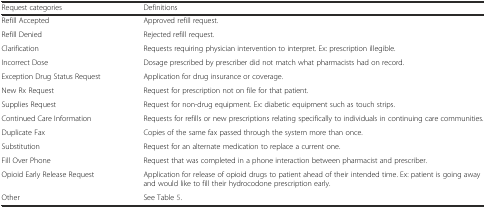
<table><thead><tr><td><b>Request categories</b></td><td><b>Definitions</b></td></tr></thead><tbody><tr><td>Refill Accepted</td><td>Approved refill request.</td></tr><tr><td>Refill Denied</td><td>Rejected refill request.</td></tr><tr><td>Clarification</td><td>Requests requiring physician intervention to interpret. Ex: prescription illegible.</td></tr><tr><td>Incorrect Dose</td><td>Dosage prescribed by prescriber did not match what pharmacists had on record.</td></tr><tr><td>Exception Drug Status Request</td><td>Application for drug insurance or coverage.</td></tr><tr><td>New Rx Request</td><td>Request for prescription not on file for that patient.</td></tr><tr><td>Supplies Request</td><td>Request for non-drug equipment. Ex: diabetic equipment such as touch strips.</td></tr><tr><td>Continued Care Information</td><td>Requests for refills or new prescriptions relating specifically to individuals in continuing care communities.</td></tr><tr><td>Duplicate Fax</td><td>Copies of the same fax passed through the system more than once.</td></tr><tr><td>Substitution</td><td>Request for an alternate medication to replace a current one.</td></tr><tr><td>Fill Over Phone</td><td>Request that was completed in a phone interaction between pharmacist and prescriber.</td></tr><tr><td>Opioid Early Release Request</td><td>Application for release of opioid drugs to patient ahead of their intended time. Ex: patient is going away and would like to fill their hydrocodone prescription early.</td></tr><tr><td>Other</td><td>See Table 5.</td></tr></tbody></table>